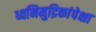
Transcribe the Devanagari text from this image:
ध्वनिमुद्रिकांपेक्षा